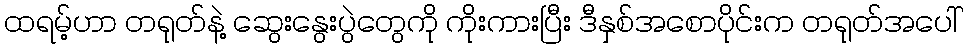
ထရမ့်ဟာ တရုတ်နဲ့ ဆွေးနွေးပွဲတွေကို ကိုးကားပြီး ဒီနှစ်အစောပိုင်းက တရုတ်အပေါ်